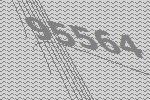
95564